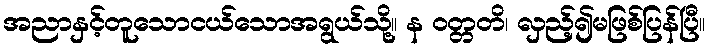
အညာနှင့်တူသောငယ်သောအရွယ်သို့။ န ဝတ္တတိ၊ လှည့်၍မဖြစ်ပြန်ပြီ။